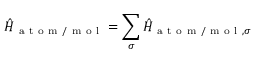
\hat { H } _ { \mathrm { ~ a ~ t ~ o ~ m ~ / ~ m ~ o ~ l ~ } } = \sum _ { \sigma } \hat { H } _ { \mathrm { ~ a ~ t ~ o ~ m ~ / ~ m ~ o ~ l ~ } , \sigma }